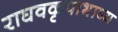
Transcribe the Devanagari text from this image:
राघवकृपाभाष्य